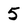
Character: 5